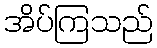
အိပ်ကြသည်